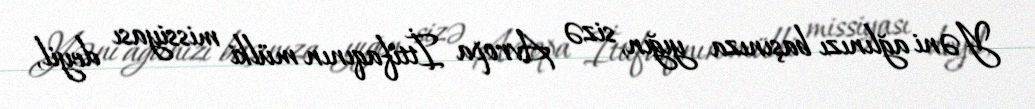
Yəni ağlınızı başınıza yığın, sizə Avropa İttifaqının mülki missiyası deyil,